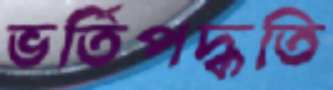
ভর্তিপদ্ধতি